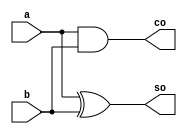
module half_add(a,b,so,co);
	input a,b;
	output so,co;
	assign co=a&b;
	assign so=a^b;
endmodule

module full_add(ain,bin,cin,sum,cout);
	input ain,bin,cin;
	output sum,cout;
	wire d,e,f;
	half_add u1(ain,bin,e,d);
	half_add u2(e,cin,sum,f);
	or u3(cout,d,f);
endmodule